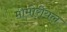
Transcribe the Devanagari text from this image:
मोमोरीयल